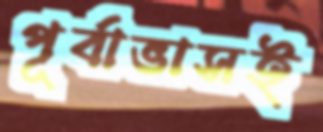
পূর্বাভাসই